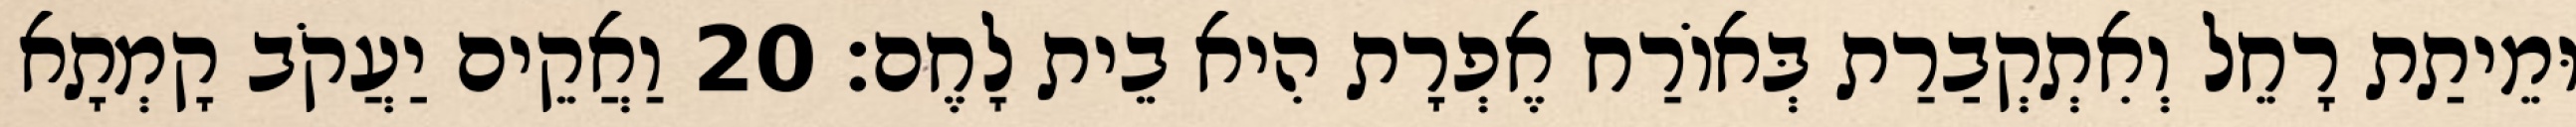
וּמֵיתַת רָחֵל וְאִתְקְבַרַת בְּאוֹרַח אֶפְרָת הִיא בֵית לָחֶם׃ 20 וַאֲקֵים יַעֲקֹב קָמְתָא